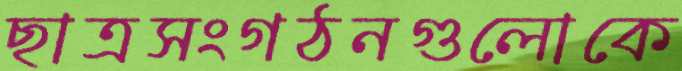
ছাত্রসংগঠনগুলোকে